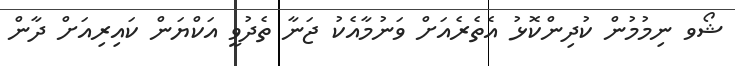
ޝޯވ ނިމުމުން ކުދިންކޮޅު އެތެރެއަށް ވަނުމާއެކު ޖަނާ ތެދުވީ އަކްޔަން ކައިރިއަށް ދާން